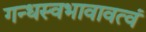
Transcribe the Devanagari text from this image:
गन्धस्वभावावत्वं